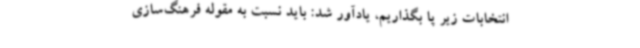
انتخابات زیر پا بگذاریم، یادآور شد: باید نسبت به مقوله فرهنگ‌سازی